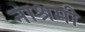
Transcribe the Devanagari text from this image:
नाश्रमी